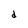
Character: d